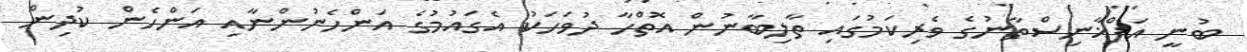
ބުނީ އަފްޣާނިސްތާނުގެ ވެރިކަމުގައި ތާލިބާނުން އޮތްހާ ދުވަހަކު އެގައުމުގެ އަންހެނުންނާއި އަންހެން ކުދިން